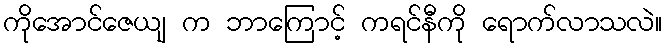
ကိုအောင်ဇေယျ က ဘာကြောင့် ကရင်နီကို ရောက်လာသလဲ။